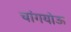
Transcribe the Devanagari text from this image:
चांगयोऊ